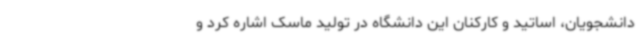
دانشجویان، اساتید و کارکنان این دانشگاه در تولید ماسک اشاره کرد و